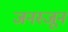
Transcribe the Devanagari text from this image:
जनस्जून